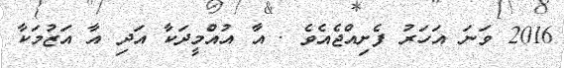
2016 ވަނަ އަހަރު ފެށިއްޖެއެވެ . އާ އުއްމީދަކާ އަދި އާ އަޒުމަކާ